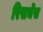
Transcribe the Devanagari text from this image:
रिसर्चेस